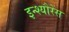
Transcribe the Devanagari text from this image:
इन्श्यौरेंस